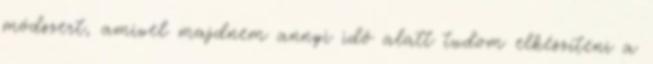
módszert, amivel majdnem annyi idő alatt tudom elkészíteni a